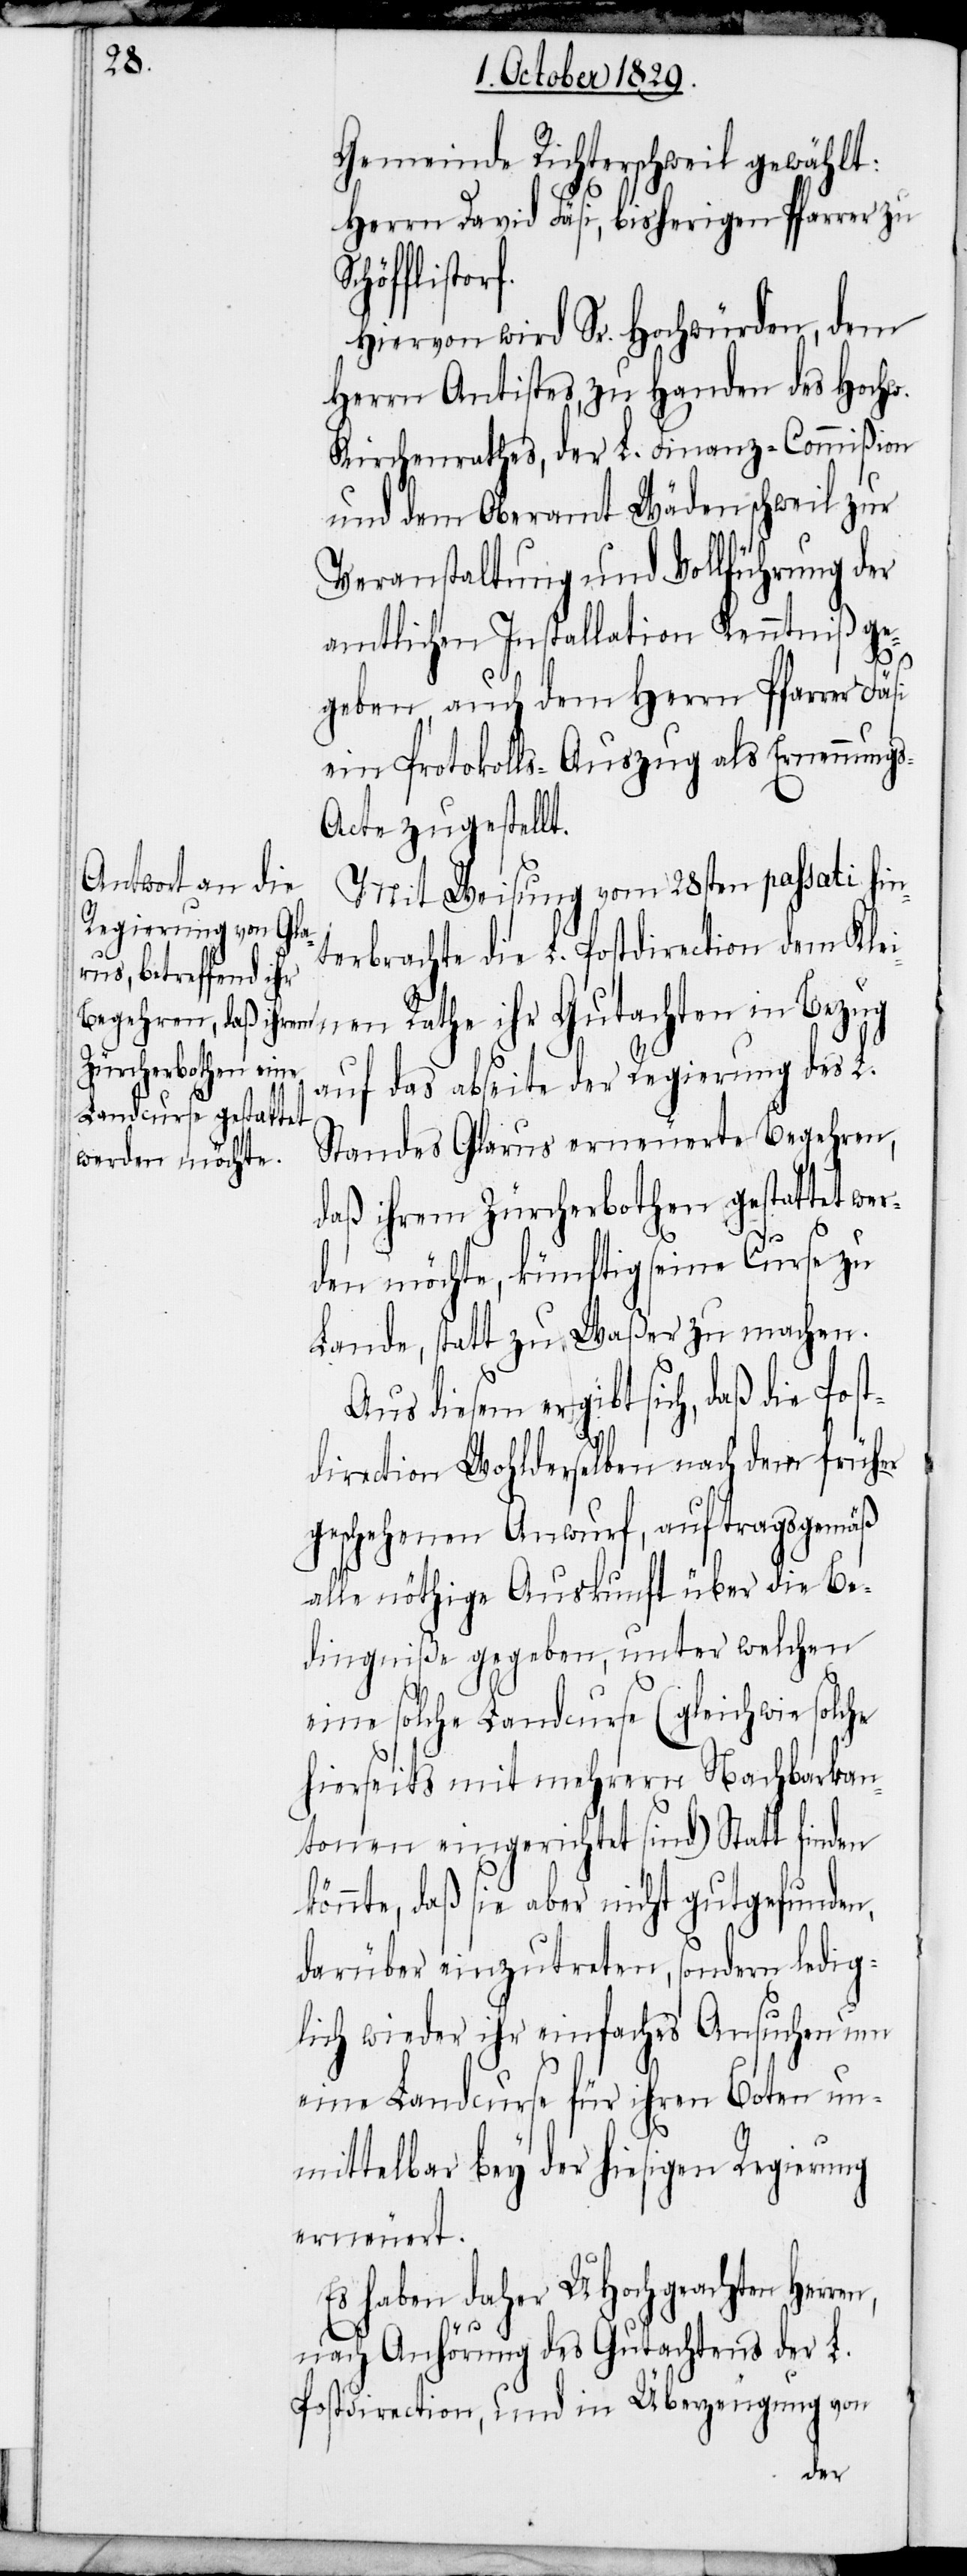
Gemeinde Richterschweil gewählt:
Herrn David Fäsi, bisherigen Pfarrer zu
Hiervon wird Sr. Hochwürden, dem
Herrn Antistes, zu Handen des Hochw.
Kirchenrathes, der L. Finanz-Commißion
und dem Oberamt Wädenschweil zur
Veranstaltung und Vollführung der
amtlichen Installation Kenntniß ge¬
geben, auch dem Herrn Pfarrer Fäsi
ein Protokolls-Auszug als Ernennung¬
s-Acte zugestellt.
Mit Weisung vom 28sten passati hin¬
terbrachte die L. Postdirection dem Klei¬
nen Rathe ihr Gutachten in Bezug
auf das abseite der Regierung des L.
Standes Glarus erneuerte Begehren,
daß ihrem Zürcherbothen gestattet wer¬
den möchte, künftig seine Curse zu
Lande, statt zu Waßer zu machen.
diesem ergiebt sich, daß die Pos¬
tdirection Wohlderselben nach dem früher
geschehenen Anwurf, auftragsgemäß
alle nöthige Auskunft über die Be¬
dingniße gegeben, unter welchen
eine solche Landcurse (gleichwie solche
hierseits mit mehrern Nachbarkan¬
tonen eingerichtet sind) Statt finden
könnte, daß sie aber nicht gutgefunden,
darüber einzutreten, sondern ledig¬
lich wieder ihr einfaches Ansuchen um
eine Landcurse für ihren Boten un¬
mittelbar bey der hiesigen Regierung
erneuert.
Es haben daher UHochgeachten
nach Anhörung des Gutachtens der L.
Postdirection, und in Überzeugung von